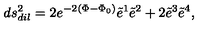
d s _ { d i l } ^ { 2 } = 2 e ^ { - 2 ( \Phi - { \Phi } _ { 0 } ) } { \tilde { e } } ^ { 1 } { \tilde { e } } ^ { 2 } + 2 { \tilde { e } } ^ { 3 } { \tilde { e } } ^ { 4 } ,